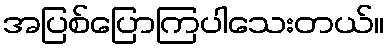
အပြစ်ပြောကြပါသေးတယ်။